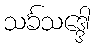
သင်္ခသဒ္ဒေါ